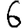
Digit: 6